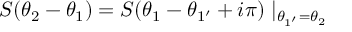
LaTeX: S ( \theta _ { 2 } - \theta _ { 1 } ) = S ( \theta _ { 1 } - \theta _ { 1 ^ { \prime } } + i \pi ) \mid _ { \theta _ { 1 ^ { \prime } } = \theta _ { 2 } }